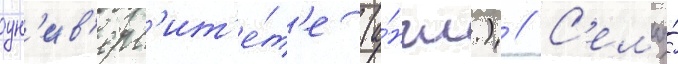
ун'ив'ерс'ит'е́т'е (а́нгл.) // С'емья́